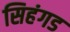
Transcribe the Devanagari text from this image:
सिहंगड